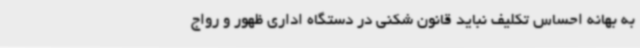
به بهانه احساس تکلیف نباید قانون شکنی در دستگاه اداری ظهور و رواج